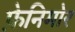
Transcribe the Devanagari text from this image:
फ़ेनिमोर